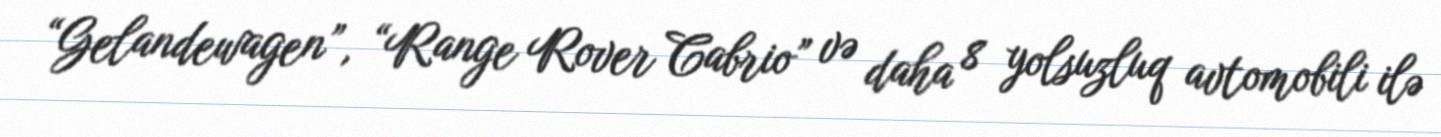
“Gelandewagen”, “Range Rover Cabrio” və daha 8 yolsuzluq avtomobili ilə